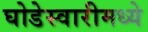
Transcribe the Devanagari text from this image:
घोडेस्वारीमध्ये